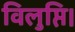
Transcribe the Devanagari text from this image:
विलुप्ति।